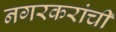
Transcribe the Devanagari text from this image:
नगरकरांची